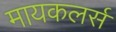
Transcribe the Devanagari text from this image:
मायकलर्स